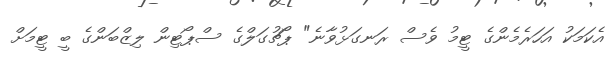
އެކަމަކު އަހަރެމެންގެ ޓީމު ވެސް ރަނގަޅުވާނެ" ޕޯޗުގަލްގެ ސްޕޯޓިން ލިޒްބަންގެ ބީ ޓީމަށް